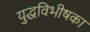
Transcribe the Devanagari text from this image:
युद्धविभीषका